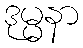
ဒုမ္မနာ